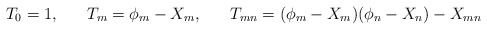
\begin{align*}T_{0}=1,\;\;\;\;\;\; T_{m} = \phi_{m} -X_{m}, \;\;\;\;\;\; T_{mn} = (\phi_{m}-X_{m})(\phi_{n}-X_{n}) - X_{mn}\end{align*}